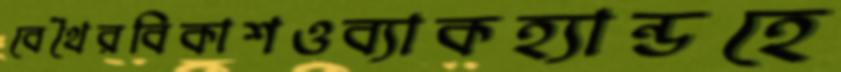
বেথৈরবিকাশওব্যাকহ্যান্ডহে